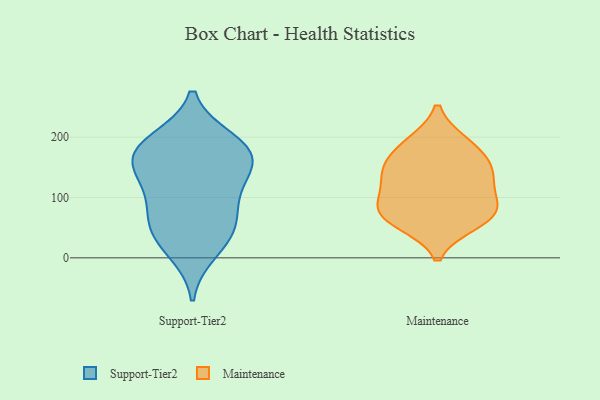
{"axis": {"x": "Shipments", "y": "Value"}, "legend": ["Maintenance", "Support-Tier2"], "data": [{"x": "", "y": 151, "type": "Support-Tier2"}, {"x": "", "y": 195, "type": "Support-Tier2"}, {"x": "", "y": 166, "type": "Support-Tier2"}, {"x": "", "y": 189, "type": "Support-Tier2"}, {"x": "", "y": 85, "type": "Support-Tier2"}, {"x": "", "y": 62, "type": "Support-Tier2"}, {"x": "", "y": 133, "type": "Support-Tier2"}, {"x": "", "y": 163, "type": "Support-Tier2"}, {"x": "", "y": 107, "type": "Support-Tier2"}, {"x": "", "y": 38, "type": "Support-Tier2"}, {"x": "", "y": 44, "type": "Support-Tier2"}, {"x": "", "y": 10, "type": "Support-Tier2"}, {"x": "", "y": 181, "type": "Support-Tier2"}, {"x": "", "y": 59, "type": "Maintenance"}, {"x": "", "y": 183, "type": "Maintenance"}, {"x": "", "y": 78, "type": "Maintenance"}, {"x": "", "y": 141, "type": "Maintenance"}, {"x": "", "y": 139, "type": "Maintenance"}, {"x": "", "y": 71, "type": "Maintenance"}, {"x": "", "y": 189, "type": "Maintenance"}, {"x": "", "y": 146, "type": "Maintenance"}, {"x": "", "y": 105, "type": "Maintenance"}, {"x": "", "y": 76, "type": "Maintenance"}]}